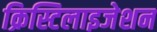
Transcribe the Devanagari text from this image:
क्रिस्टिलाइजेशन